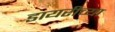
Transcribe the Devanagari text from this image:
डायरीच्या